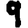
Digit: 9